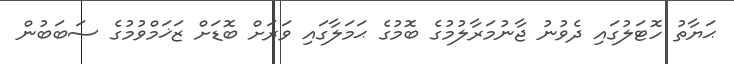
ޙަޔާތު ހޮޓަލުގައި ދެވުނު ޖާނުމަރާލުމުގެ ބޮމުގެ ޙަމަލާގައި ވަރަށް ބޮޑަށް ޒަޚަމްވުމުގެ ސަބަބުން